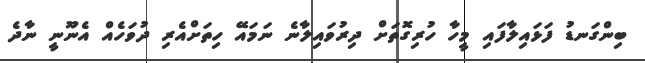
ބިންގަނޑު ފަޅައިލާފައި މީހާ ހުރިގޮތަށް ދިރުވައިލާނެ ނަމައޭ ހިތަށްއެރި ދުވަހެއް އެނޫނީ ނާދެ